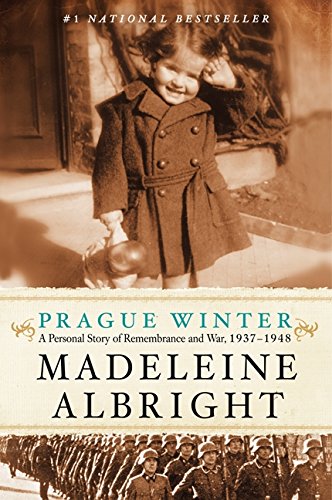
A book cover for Prague Winter: A Personal Story of Remembrance and War, 1937-1948; Madeleine Albright; Biographies & Memoirs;